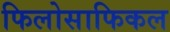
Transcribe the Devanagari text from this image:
फिलोसाफिकल